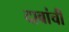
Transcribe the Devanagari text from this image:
दाबांची